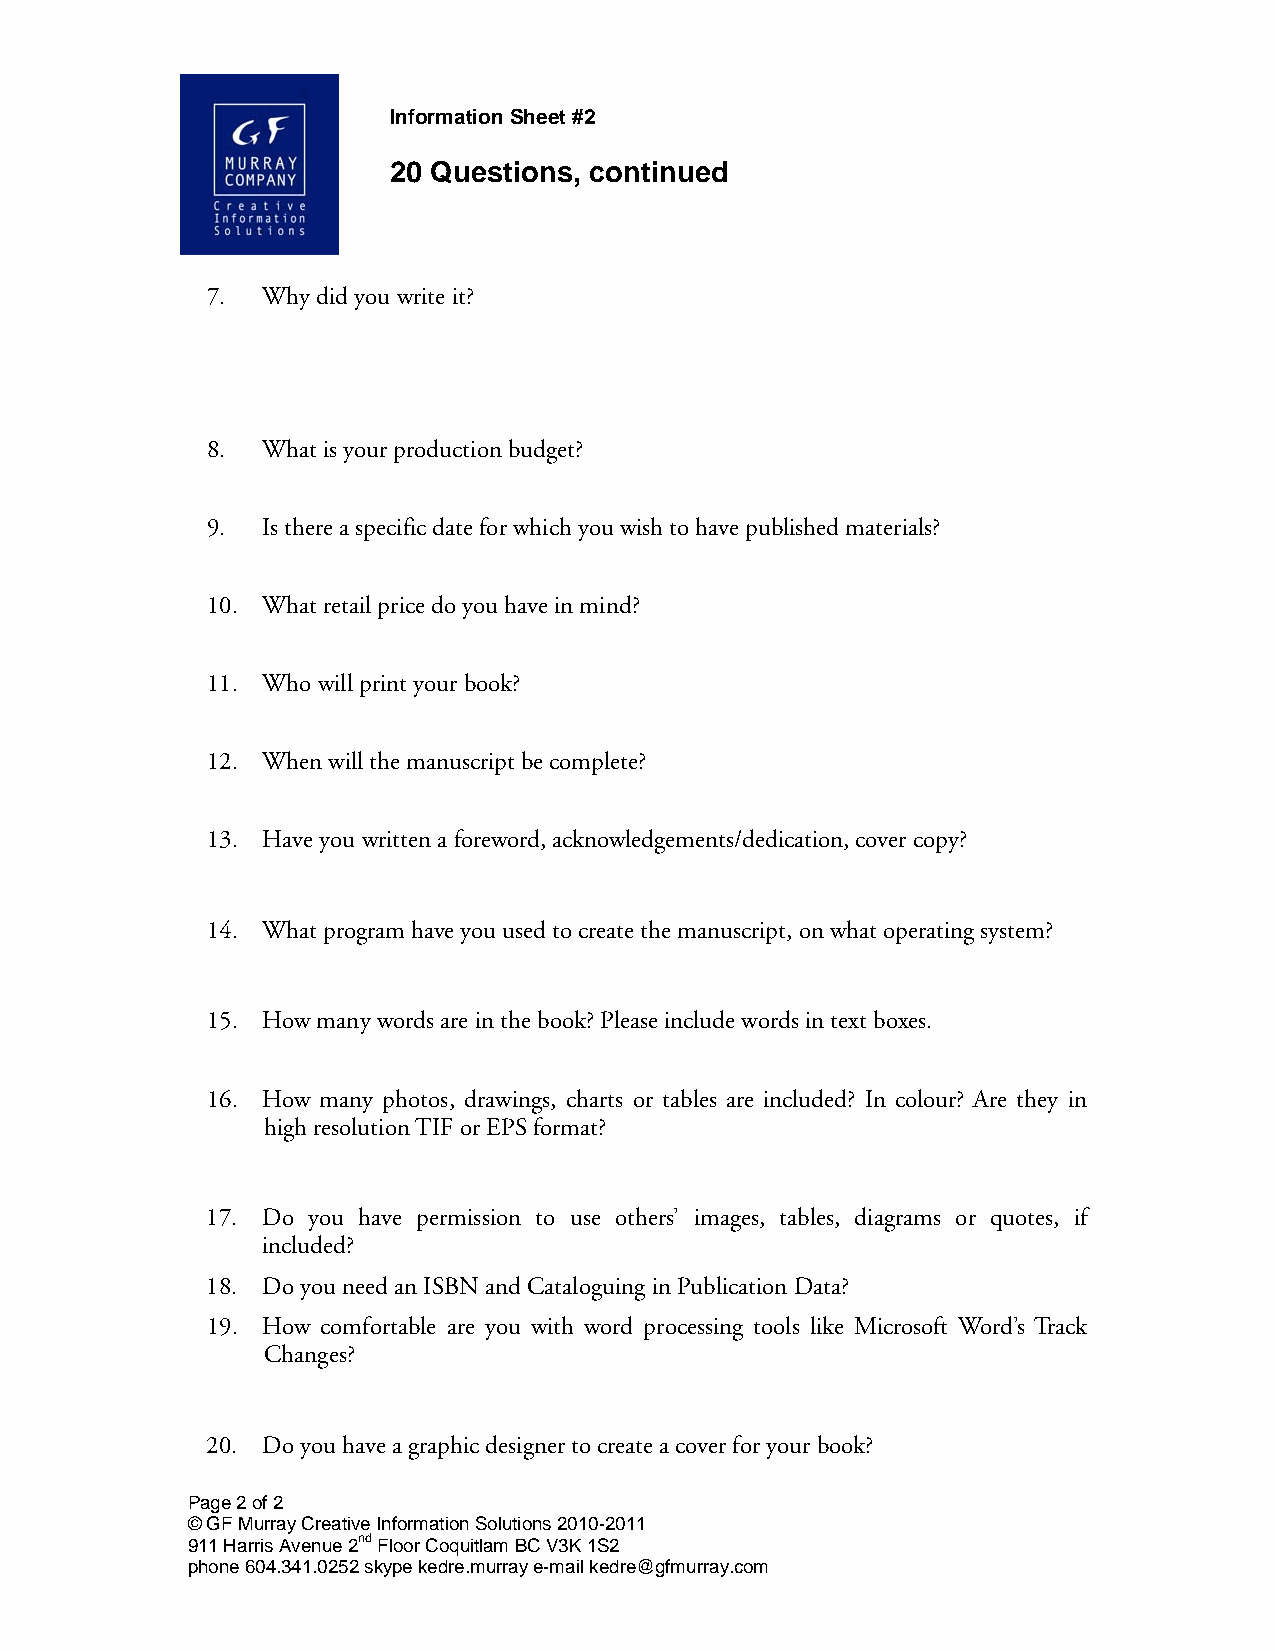
Information Sheet #2
 20 Questions, continued
 7. Why did you write it?
 8. What is your production budget?
 9. Is there a specific date for which you wish to have published materials?
 10. What retail price do you have in mind?
 11. Who will print your book?
 12. When will the manuscript be complete?
 13. Have you written a foreword, acknowledgements/dedication, cover copy?
 14. What program have you used to create the manuscript, on what operating system?
 15. How many words are in the book? Please include words in text boxes.
 16. How many photos, drawings, charts or tables are included? In colour? Are they in
 high resolution TIF or EPS format?
 17. Do you have permission to use others’ images, tables, diagrams or quotes, if
 included?
 18. Do you need an ISBN and Cataloguing in Publication Data?
 19. How comfortable are you with word processing tools like Microsoft Word’s Track
 Changes?
 20. Do you have a graphic designer to create a cover for your book?
 Page 2 of 2
 © GF Murray Creative Information Solutions 2010-2011
 911 Harris Avenue 2nd Floor Coquitlam BC V3K 1S2
 phone 604.341.0252 skype kedre.murray e-mail kedre@gfmurray.com